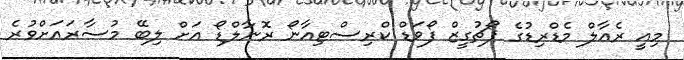
މިއީ ރެއާލް މެޑްރިޑުގެ ޕޯޗުގީޒް ފޯވަޑް ކްރިސްޓިއާނޯ ރޮނާލްޑޯ އަށް ލިބޭ މުސާރައަށްވުރެ